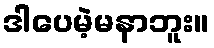
ဒါပေမဲ့မနာဘူး။